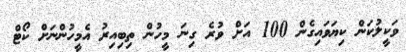
ވަކީލުކަން ކިޔަވައިގެން 100 އަށް ވުރެ ގިނަ މީހުން ތިބިއިރު އެމީހުންނަށް ކޯޓް